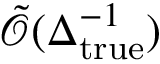
\tilde { \mathcal { O } } ( \Delta _ { \mathrm { t r u e } } ^ { - 1 } )